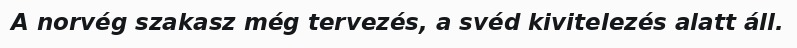
A norvég szakasz még tervezés, a svéd kivitelezés alatt áll.